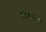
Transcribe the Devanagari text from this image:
लढयांमध्ये